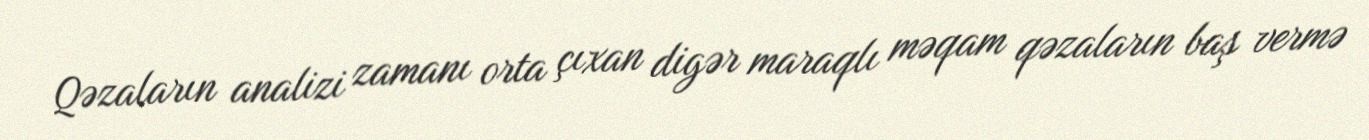
Qəzaların analizi zamanı orta çıxan digər maraqlı məqam qəzaların baş vermə